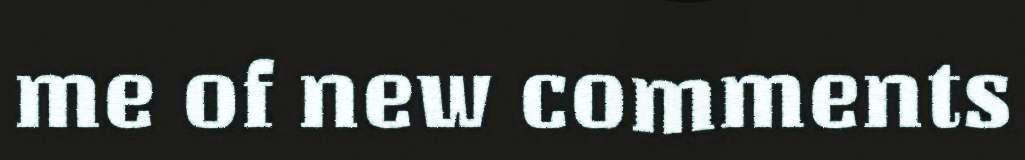
me of new comments